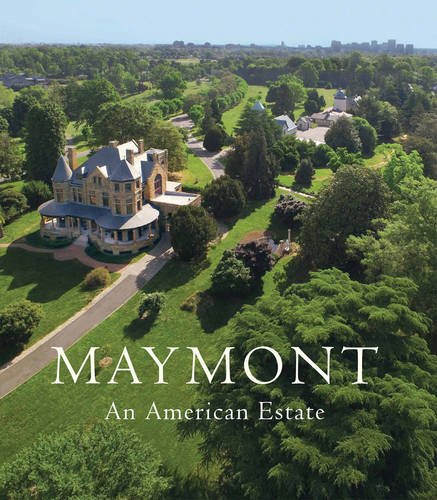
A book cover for Maymont: An American Estate; Dale  Cyrus Wheary; Travel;